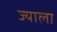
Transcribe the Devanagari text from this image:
ज्‍याला